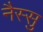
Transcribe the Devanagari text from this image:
नैस्सु